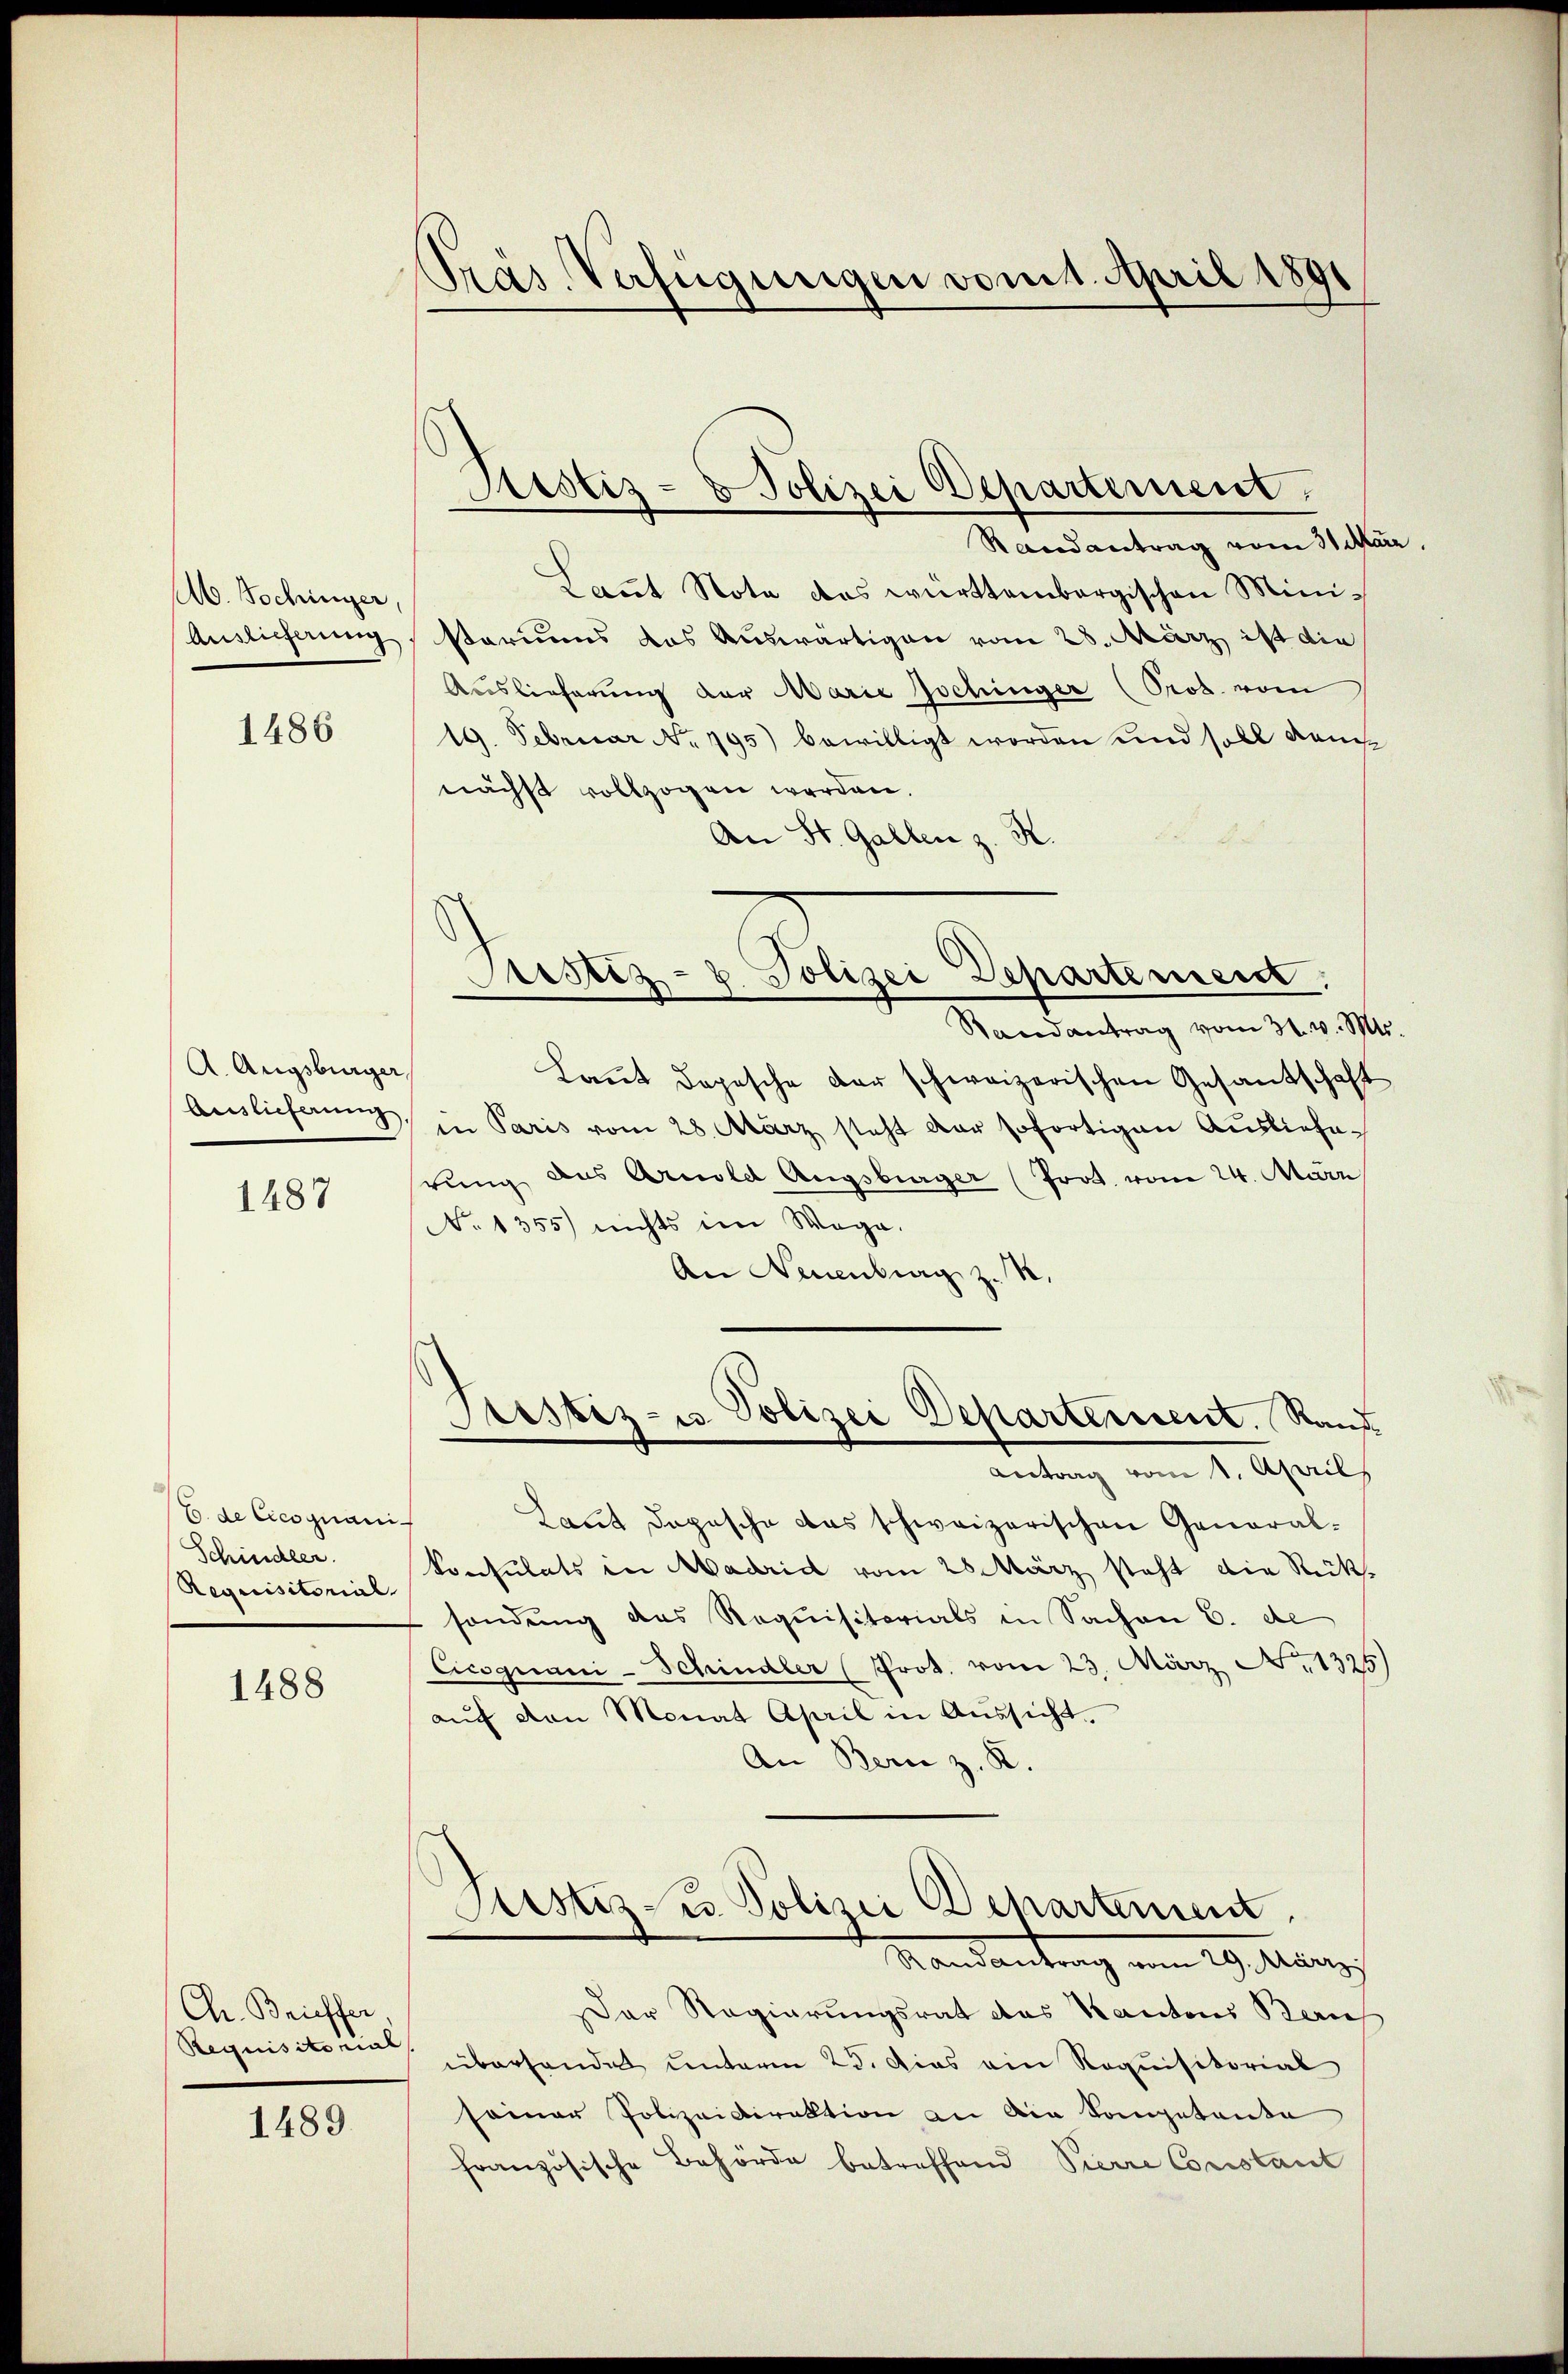
b. Nochinger,
Auslieferung

1486

A. Augsburger,
Auslieferung,

1487

6. de Cicognani
Schindler
Requisitorial.

1488

Ch. Brieffer,
Requisitorial

1489.

Ptras Verfügungen vom 1. April 1891

Justiz- & Polizei Departement.

Randantrag vom 31. Ma
Laṅt Nota das württembergischen Mini-
stariums das Auswärtigen vom 28. März ist die
Auslieferung der Marie Jochinger (Prot. vom
19. Februar No. 195) bewilligt worden und soll demnächst vollzogen werden.
An St. Gallen z. K.

Randantrag vom 31. v. 1871
Laut dopesche der schweizerischen Gesandschaft
in Paris vom 28. März steht der sofortigen Auslieferung aus Arnold Augsburger (Prot. vom 24. Aare
No 1355) nichts im Wege.
An Neuenburg z. B.
Prostiz- u Polizei Departement. Rand
Antrag vom 1. April,
Laut dopische das schweizerischen General-
konsulats in Madrid vom 28 März steht die Rücksondung das Requisitorials in Sachen 6. de
Cicognani-Schindler (Prot. vom 23. März N. 1325
aŭf von Monat April in Aŭssicht.
An Bern z. R.

Justiz- u. Polizei Departement

Astiz- u. Polizei Departement.
Mandantrag vom 29. Mang

Der Regierungsrat des Kantons Beruf
überhandet unterm 25. Das ein Roquisitorial
seiner Polizeidirektion an die Sompetente
französische Behörde betreffend Pierre Constant

a